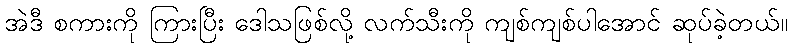
အဲဒီ စကားကို ကြားပြီး ဒေါသဖြစ်လို့ လက်သီးကို ကျစ်ကျစ်ပါအောင် ဆုပ်ခဲ့တယ်။